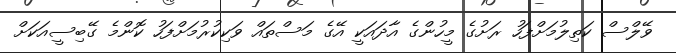
ވޭލްސް ކަތިލުމަށްފަހު ރަށުގެ މީހުންގެ އާދައަކީ އޭގެ މަސްތައް ވަކިކުރުމަށްފަހު ކޮންމެ ގޭބިސީއަކަށް